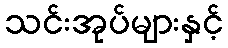
သင်းအုပ်များနှင့်